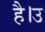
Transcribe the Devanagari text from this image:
है।उ